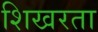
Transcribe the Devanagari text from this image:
शिखरता